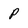
Character: p